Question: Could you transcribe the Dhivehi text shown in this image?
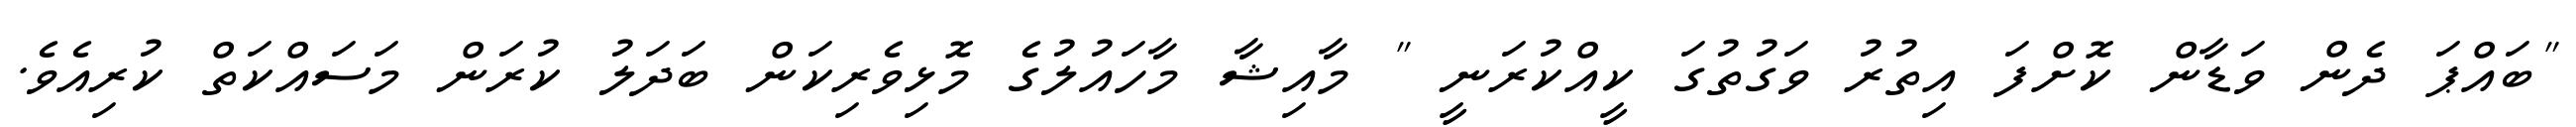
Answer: "ބައްޕަ ދެން ވަޑާން ކޮށްފަ އިތުރު ވަގުތުގަ ކީއްކުރަނީ " މާއިޝާ މާހައުލުގެ މޮޅިވެރިކަން ބަދަލު ކުރަން މަސައްކަތް ކުރިއެވެ.